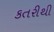
કતરીથી